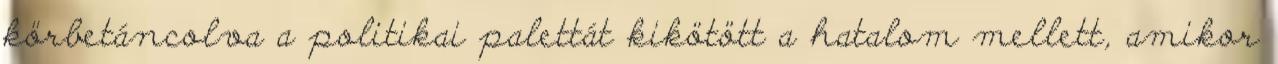
körbetáncolva a politikai palettát kikötött a hatalom mellett, amikor